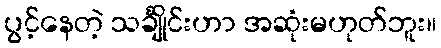
ပွင့်နေတဲ့ သင်္ချိုင်းဟာ အဆုံးမဟုတ်ဘူး။